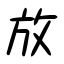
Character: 放